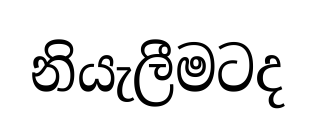
නියැලීමටද